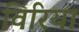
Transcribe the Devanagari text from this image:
विरिया